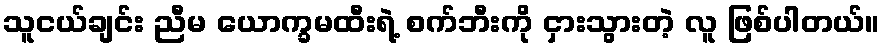
သူငယ်ချင်း ညီမ ယောက္ခမထီးရဲ့ စက်ဘီးကို ငှားသွားတဲ့ လူ ဖြစ်ပါတယ်။